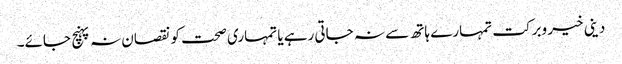
دینی خیر وبرکت تمہارے ہاتھ سے نہ جاتی رہے یا تمہاری صحت کو نقصان نہ پہنچ جائے۔